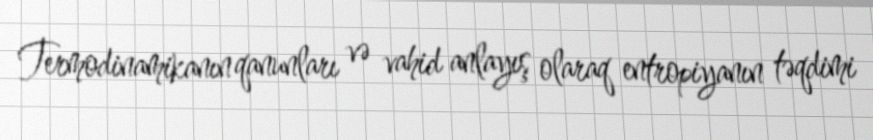
Termodinamikanın qanunları və vahid anlayış olaraq entropiyanın təqdimi